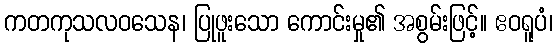
ကတကုသလဝသေန၊ ပြုဖူးသော ကောင်းမှု၏ အစွမ်းဖြင့်။ ဧဝရူပံ၊